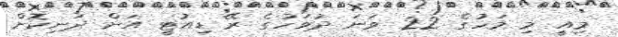
މިއީ މި މަހުގެ 22 ވަނަ ދުވަހުގެ ރޭ ޑިއުޓީ އަށް ދަނިކޮށް